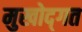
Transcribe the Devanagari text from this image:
मुखोद्गत